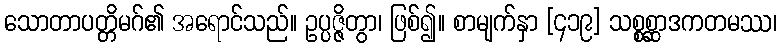
သောတာပတ္တိမဂ်၏ အရောင်သည်။ ဥပ္ပဇ္ဇိတွာ၊ ဖြစ်၍။ စာမျက်နှာ [၄၁၉] သစ္စစ္ဆာဒကတမဿ၊